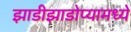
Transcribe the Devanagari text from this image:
झाडीझाडोप्यामध्ये